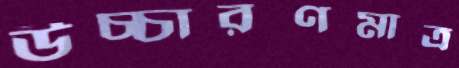
উচ্চারণমাত্র